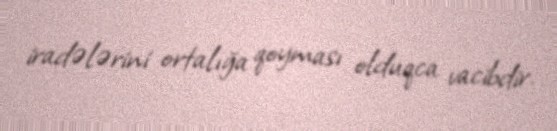
iradələrini ortalığa qoyması olduqca vacibdir.